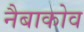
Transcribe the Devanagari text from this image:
नैबाकोव